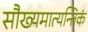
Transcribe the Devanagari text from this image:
सौख्यमात्यन्तिकं